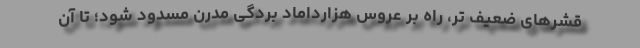
قشرهای ضعیف تر، راه بر عروس هزارداماد بردگی مدرن مسدود شود؛ تا آن